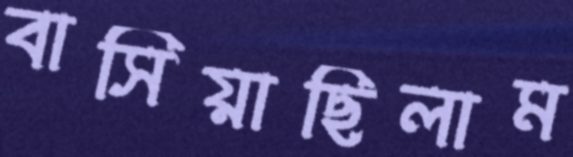
বাসিয়াছিলাম